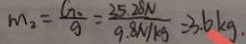
m _ { 2 } = \frac { G } { g } = \frac { 3 5 . 2 8 N } { 9 . 8 N / k g } = 3 . 6 k g \cdot